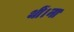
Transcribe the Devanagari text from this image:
थीं।ना